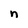
Character: n